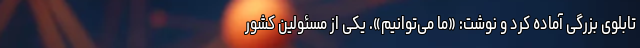
تابلوی بزرگی آماده کرد و نوشت: «ما می‌توانیم». یکی از مسئولین کشور